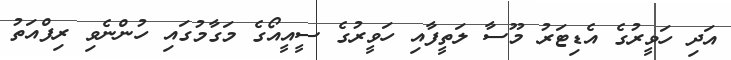
އަދި ހަވީރުގެ އެޑިޓަރު މޫސާ ލަތީފާއި ހަވީރުގެ ސީއީއޯގެ މަގާމުގައި ހުންނެވި ރިފްއަތު